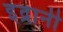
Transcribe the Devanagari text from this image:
इंद्रानी